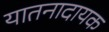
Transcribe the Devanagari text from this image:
यातनादायक